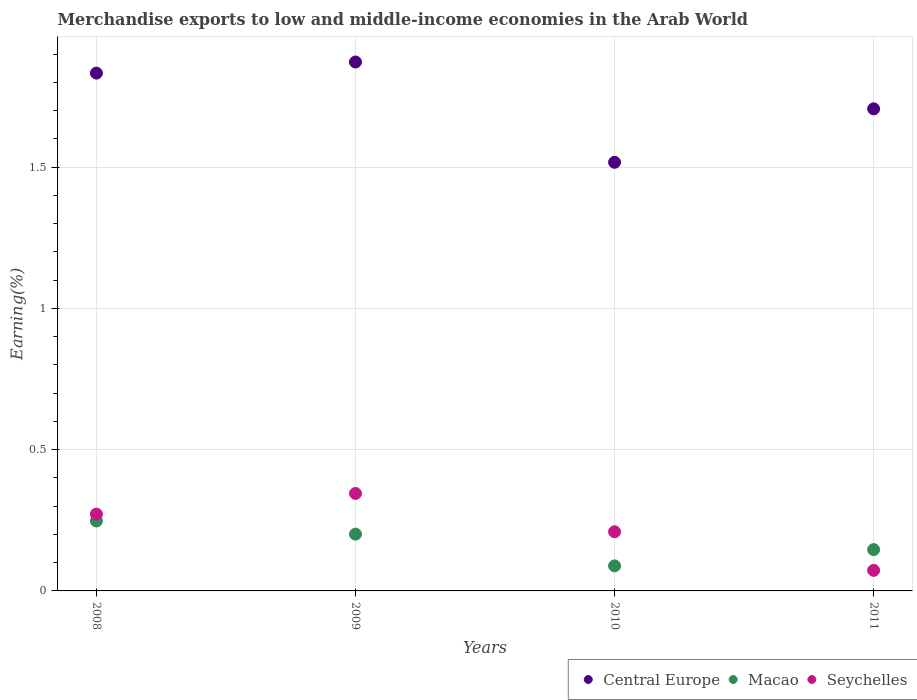
| Years | Central Europe | Macao | Seychelles |
 | --- | --- | --- | --- |
 | 2008 | 1.83 | 0.248 | 0.272 |
 | 2009 | 1.87 | 0.201 | 0.345 |
 | 2010 | 1.52 | 0.0887 | 0.209 |
 | 2011 | 1.71 | 0.146 | 0.0728 |